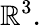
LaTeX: \mathbb{R}^{3}.